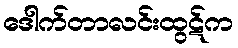
ဒေါက်တာလင်းထွဋ်က